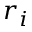
r _ { i }